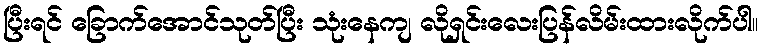
ပြီးရင် ခြောက်အောင်သုတ်ပြီး သုံးနေကျ လိုရှင်းလေးပြန်လိမ်းထားလိုက်ပါ။